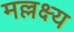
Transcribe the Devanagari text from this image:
मल्लक्ष्य